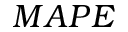
M A P E